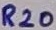
Text: R20